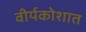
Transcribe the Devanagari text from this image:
वीर्यकोशात